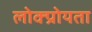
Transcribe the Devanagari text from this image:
लोक्प्रोयता